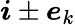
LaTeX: \boldsymbol{i}\pm\boldsymbol{e}_{k}